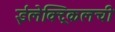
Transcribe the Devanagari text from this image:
ईलेक्ट्रिकलची